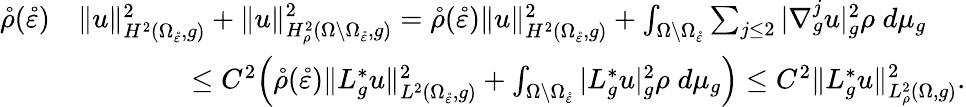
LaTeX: \begin{array}{rl}{\mathring\rho(\mathring\varepsilon)}&{\| u\| _{H^{2}(\Omega_{\mathring\varepsilon},g)}^{2}+\| u\| _{H_{\rho}^{2}(\Omega\setminus\Omega_{\mathring\varepsilon},g)}^{2}=\mathring\rho(\mathring\varepsilon)\| u\| _{H^{2}(\Omega_{\mathring\varepsilon},g)}^{2}+\int_{\Omega\setminus\Omega_{\mathring\varepsilon}}\sum_{j\leq 2}|\nabla_{g}^{j}u|_{g}^{2}\rho\; d\mu_{g}}\\ &{\qquad\qquad\leq C^{2}\Big(\mathring\rho(\mathring\varepsilon)\| L_{g}^{*}u\| _{L^{2}(\Omega_{\mathring\varepsilon},g)}^{2}+\int_{\Omega\setminus\Omega_{\mathring\varepsilon}}|L_{g}^{*}u|_{g}^{2}\rho\; d\mu_{g}\Big)\leq C^{2}\| L_{g}^{*}u\| _{L_{\rho}^{2}(\Omega,g)}^{2}.}\end{array}